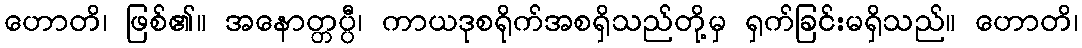
ဟောတိ၊ ဖြစ်၏။ အနောတ္တပ္ပီ၊ ကာယဒုစရိုက်အစရှိသည်တို့မှ ရှက်ခြင်းမရှိသည်။ ဟောတိ၊